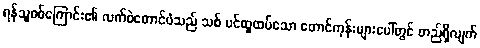
ရန်သူစစ်ကြောင်း၏ လက်ဝဲတောင်ပံသည် သစ် ပင်ထူထပ်သော တောင်ကုန်းများပေါ်တွင် တည်ရှိလျက်